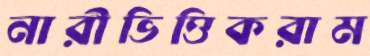
নারীভিত্তিকরাম